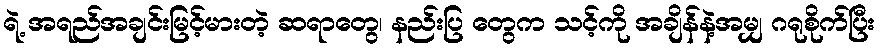
ရဲ့ အရည်အချင်းမြင့်မားတဲ့ ဆရာတွေ၊ နည်းပြ တွေက သင့်ကို အချိန်နဲ့အမျှ ဂရုစိုက်ပြီး